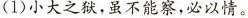
(1)小大之狱，虽不能察，必以情。